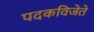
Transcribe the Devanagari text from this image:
पदकविजेते